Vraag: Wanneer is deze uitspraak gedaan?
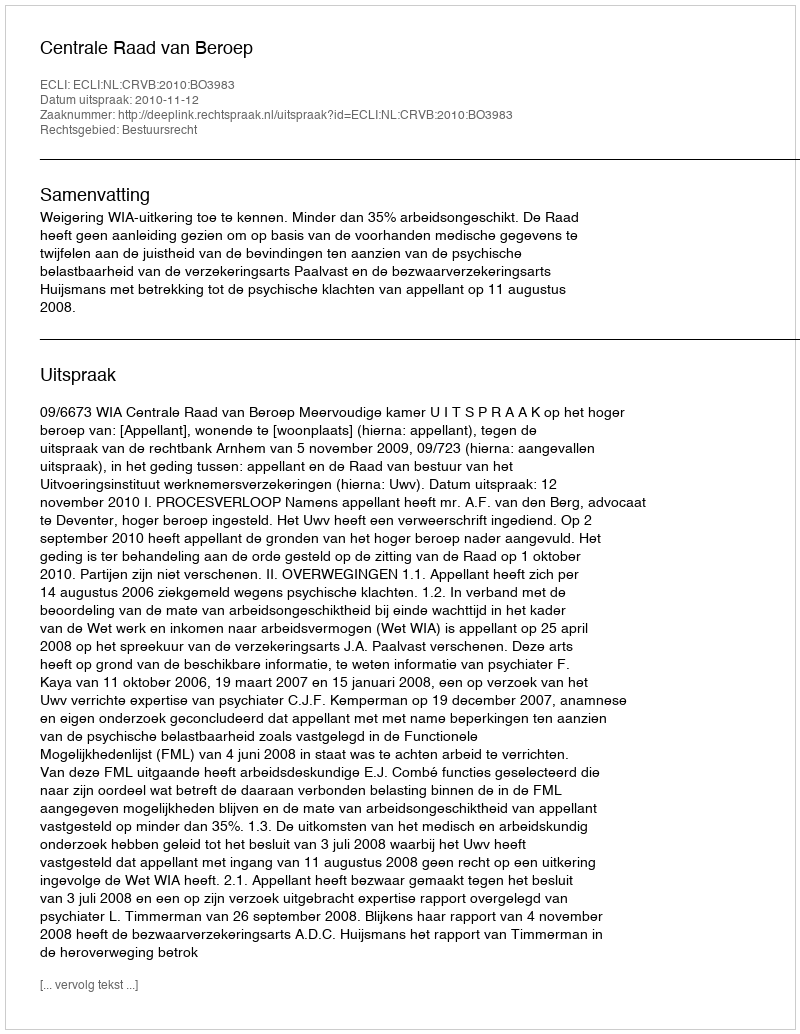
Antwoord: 2010-11-12